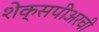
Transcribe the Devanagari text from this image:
शेक्सपीअरची